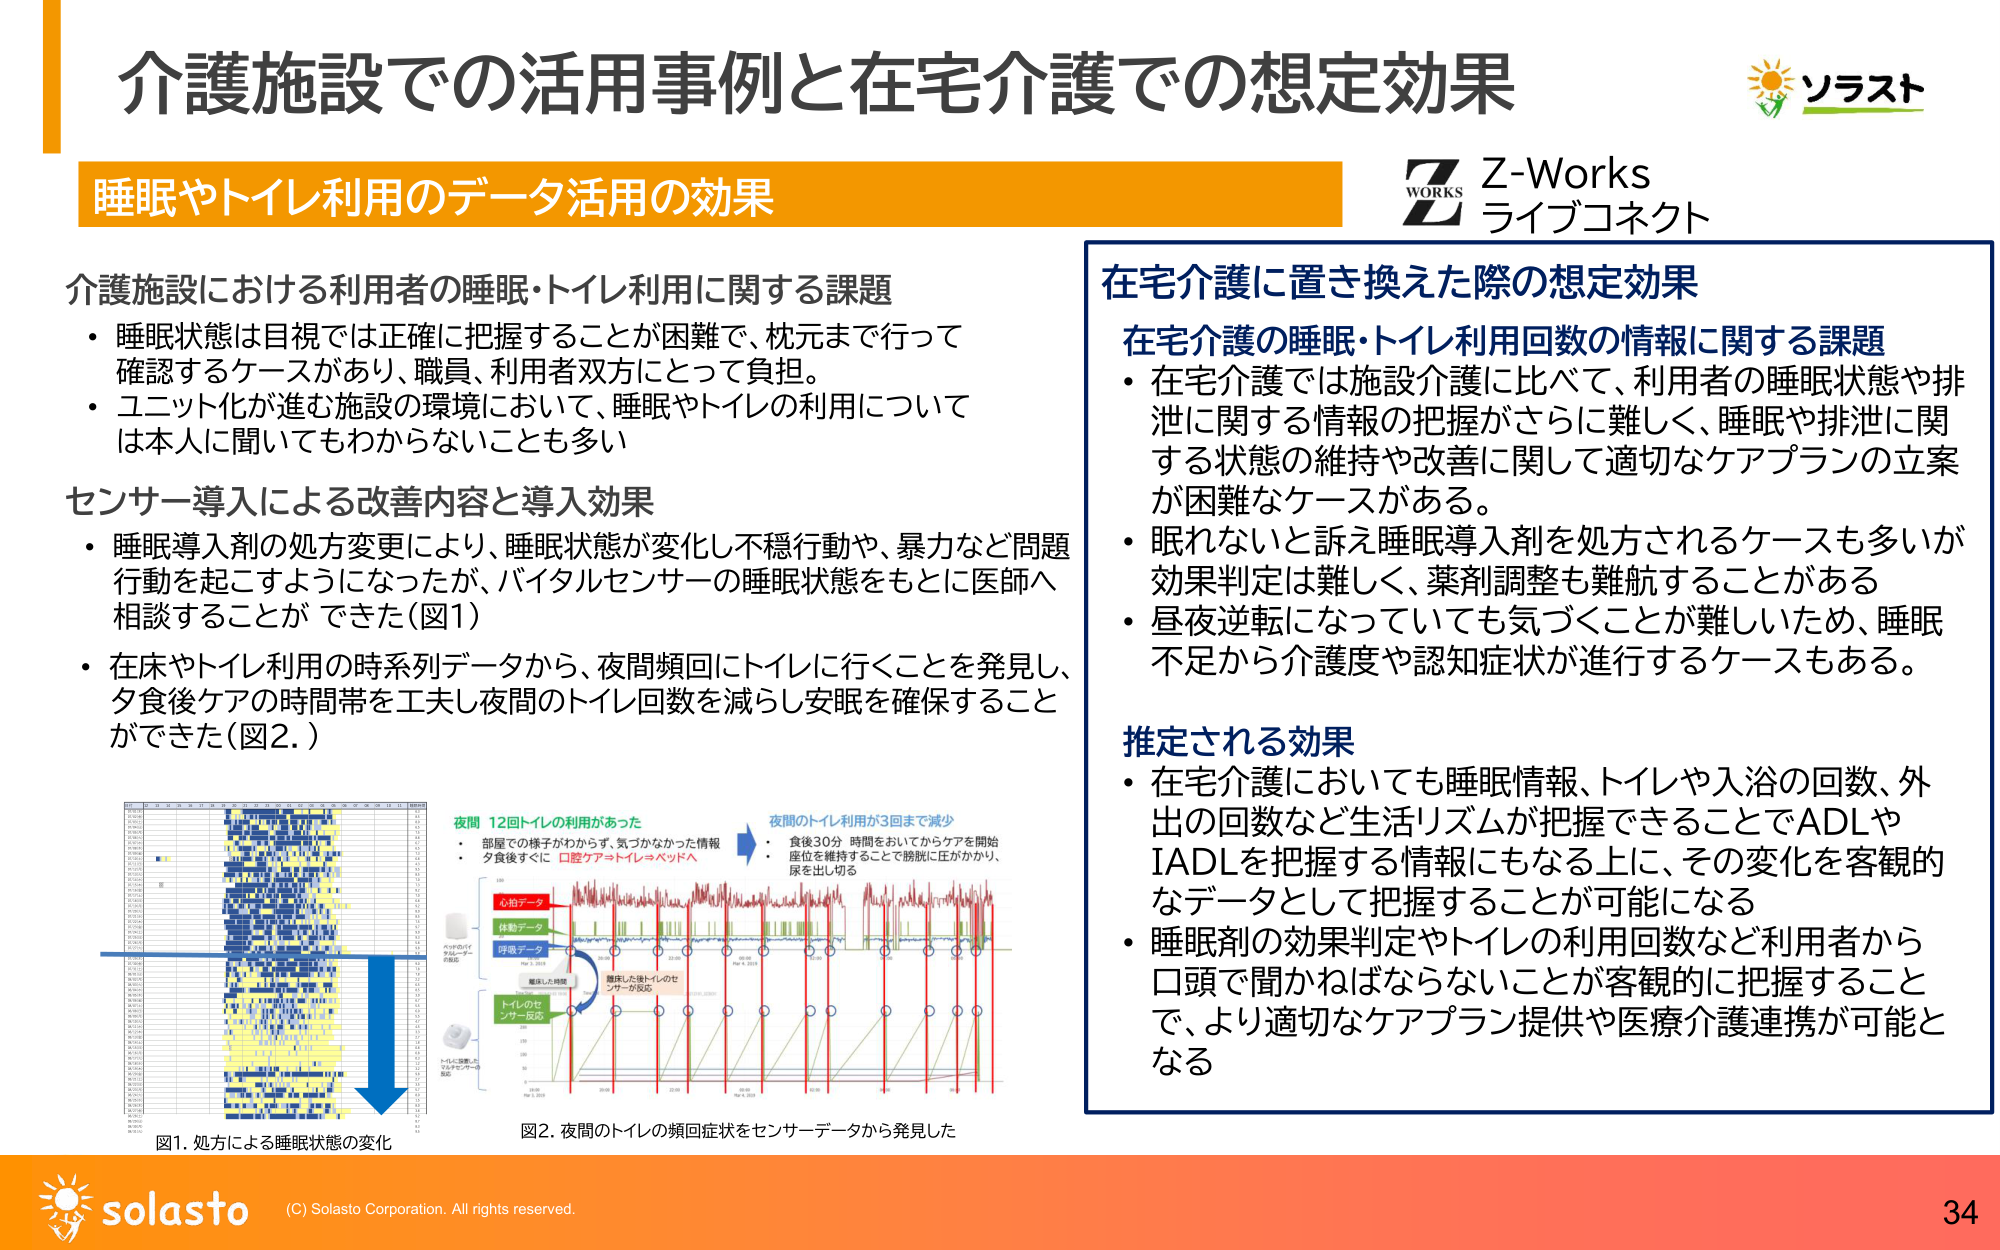
介護施設での活用事例と在宅介護での想定効果
睡眠やトイレ利用のデータ活用の効果

介護施設における利用者の睡眠・トイレ利用に関する課題
・睡眠状態は目視では正確に把握することが困難で、枕元まで行って確認するケースがあり、職員、利用者双方にとって負担。
・ユニット化が進む施設の環境において、睡眠やトイレの利用については本人に聞いてもわからないことも多い

センサー導入による改善内容と導入効果
・睡眠導入剤の処方変更により、睡眠状態が変化し不穏行動や、暴力など問題行動を起こすようになったが、バイタルセンサーの睡眠状態をもとに医師へ相談することができた（図1）
・在床やトイレ利用の時系列データから、夜間頻回にトイレに行くことを発見し、夕食後ケアの時間帯を工夫し夜間のトイレ回数を減らし安眠を確保することができた（図2.）

図1. 処方による睡眠状態の変化
図2. 夜間のトイレの頻回症状をセンサーデータから発見した

在宅介護に置き換えた際の想定効果
在宅介護の睡眠・トイレ利用回数の情報に関する課題
・在宅介護では施設介護に比べて、利用者の睡眠状態や排泄に関する情報の把握がさらに難しく、睡眠や排泄に関する状態の維持や改善に関して適切なケアプランの立案が困難なケースがある。
・眠れないと訴え睡眠導入剤を処方されるケースも多いが効果判定は難しく、薬剤調整も難航することがある
・昼夜逆転になっていても気づくことが難しいため、睡眠不足から介護度や認知症状が進行するケースもある。

推定される効果
・在宅介護においても睡眠情報、トイレや入浴の回数、外出の回数など生活リズムが把握できることでADLやIADLを把握する情報にもなる上に、その変化を客観的なデータとして把握することが可能になる
・睡眠剤の効果判定やトイレの利用回数など利用者から口頭で聞かねばならないことが客観的に把握することで、より適切なケアプラン提供や医療介護連携が可能となる

Z-Works
ライブコネクト

ソラスト
solasto
(C) Solasto Corporation. All rights reserved.
34